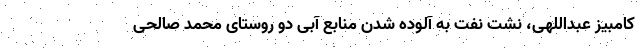
کامبیز عبداللهی، نشت نفت به آلوده شدن منابع آبی دو روستای محمد صالحی